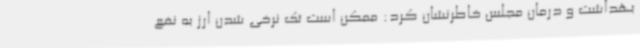
بهداشت و درمان مجلس خاطرنشان کرد: ممکن است تک نرخی شدن ارز به نفع